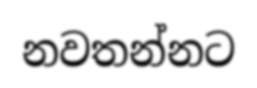
නවතන්නට